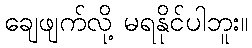
ချေဖျက်လို့ မရနိုင်ပါဘူး။